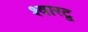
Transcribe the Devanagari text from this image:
श्वारटू